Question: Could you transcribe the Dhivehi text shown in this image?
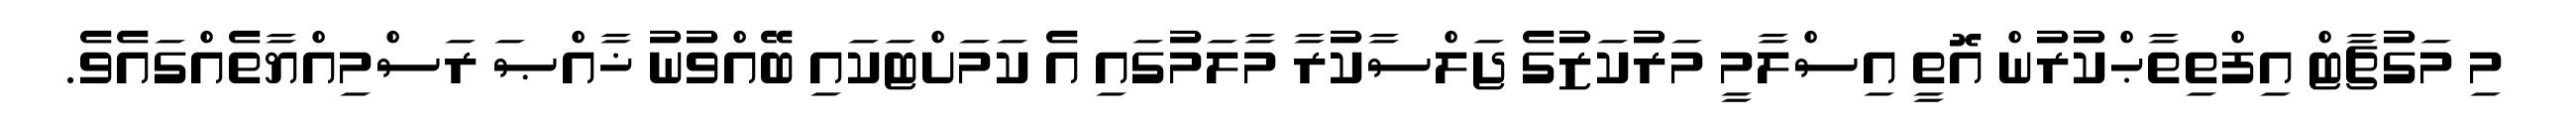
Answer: މި މަގުޗާޓް އިފްތިތާޙްކުރުން އޮތީ އިސްލާމީ މަރުކަޒުގެ ޖަލްސާކުރާ މާލަމުގައި އެ ކަމަށްޓަކައި ބޭއްވުނު ޚާއްޞަ ރަސްމިއްޔާތެއްގައެވެ.